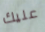
عليك